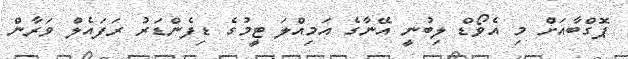
ޕޮގްބާއަށް މި އެވޯޑް ލިބުނީ އޭނާގެ އަމިއްލަ ޓީމުގެ ޑިފެންޑަރު ރަފައެލް ވަރާން